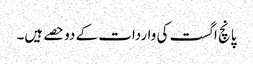
پانچ اگست کی واردات کے دوحصے ہیں۔